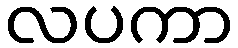
လပကာ